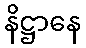
နိဋ္ဌာနေ